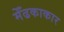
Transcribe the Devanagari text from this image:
मेँढकाकार